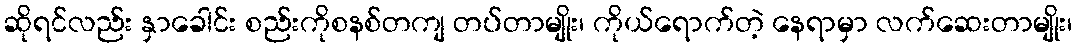
ဆိုရင်လည်း နှာခေါင်း စည်းကိုစနစ်တကျ တပ်တာမျိုး၊ ကိုယ်ရောက်တဲ့ နေရာမှာ လက်ဆေးတာမျိုး၊